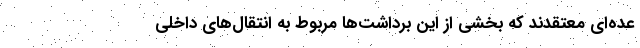
عده‌ای معتقد‌ند که بخشی از این برداشت‌ها مربوط به انتقال‌های داخلی